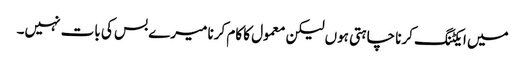
میں ایکٹنگ کرنا چاہتی ہوں لیکن معمول کا کام کرنا میرے بس کی بات نہیں۔